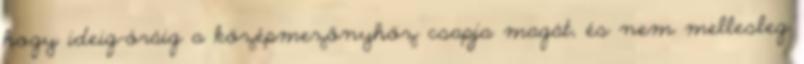
hogy ideig-óráig a középmezőnyhöz csapja magát, és nem mellesleg